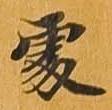
処